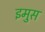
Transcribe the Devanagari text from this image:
इमुस